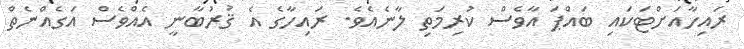
ރައިހާއަށްޓަކައި ބައްޕަ އާވެސް ކުރިމަތި ލާނެއެވެ. ރައިހާގެ އެ ޤުރުބާނީ އެއްވެސް އަގެއްނެތް